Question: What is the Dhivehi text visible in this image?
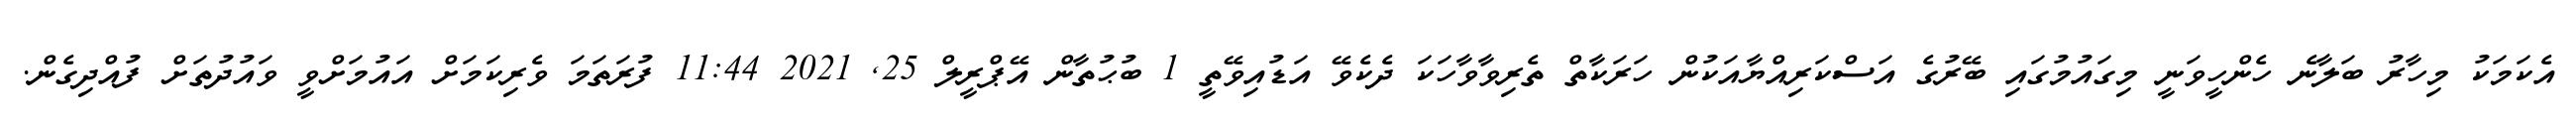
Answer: އެކަމަކު މިހާރު ބަލާނެ ހެންހީވަނީ މިގައުމުގައި ބޭރުގެ އަސްކަރިއްޔާއަކުން ހަރަކާތް ތެރިވާވާހަކަ ދެކެވޭ އަޑުއިވޭތީ 1 ބުޙުތާން އޭޕްރީލް 25, 2021 11:44 ފުރަތަމަ ވެރިކަމަށް އައުމަށްވީ ވައުދުތަށް ފުއްދިގެން.